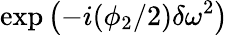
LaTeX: \exp{\left(-i(\phi_{2}/2)\delta\omega^{2}\right)}